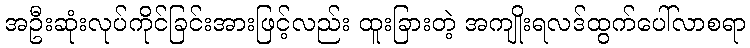
အဦးဆုံးလုပ်ကိုင်ခြင်းအားဖြင့်လည်း ထူးခြားတဲ့ အကျိုးရလဒ်ထွက်ပေါ်လာစရာ